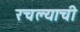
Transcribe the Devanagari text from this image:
रचल्याची